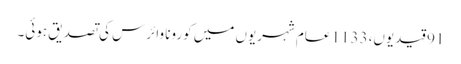
91 قیدیوں، 1133 عام شہریوں میں کورونا وائرس کی تصدیق ہوئی۔